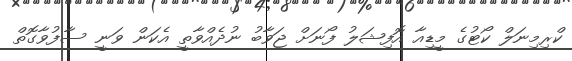
ކްރިމިނަލް ކޯޓުގެ މީޑިއާ އޮފިޝަލު ފޯނަށް ޖަވާބު ނުދެއްވާތީ އެކަން ވަނީ ސާފުވާގޮތް